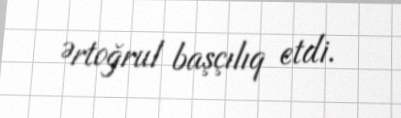
Ərtoğrul başçılıq etdi.